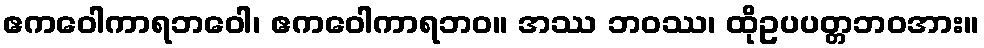
ဧကဝေါကာရဘဝေါ၊ ဧကဝေါကာရဘဝ။ အဿ ဘဝဿ၊ ထိုဥပပတ္တဘဝအား။